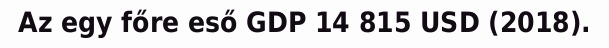
Az egy főre eső GDP 14 815 USD (2018).